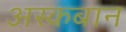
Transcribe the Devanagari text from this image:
अस्कबान